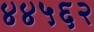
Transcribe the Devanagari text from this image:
४४५६२